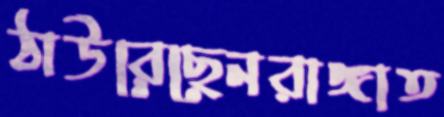
ঠাউরেছেনরাঙ্গাত